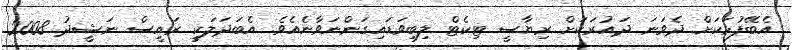
އެބޭފުޅަކަށް ދެވަނަ ދައުރަކަށް ރިޔާސީ ޓިކެޓް ލިބިވަޑައިގަންނަވާނެއެވެ. އެބަދަލަކީ ރައީސް ނަޝީދު 2008